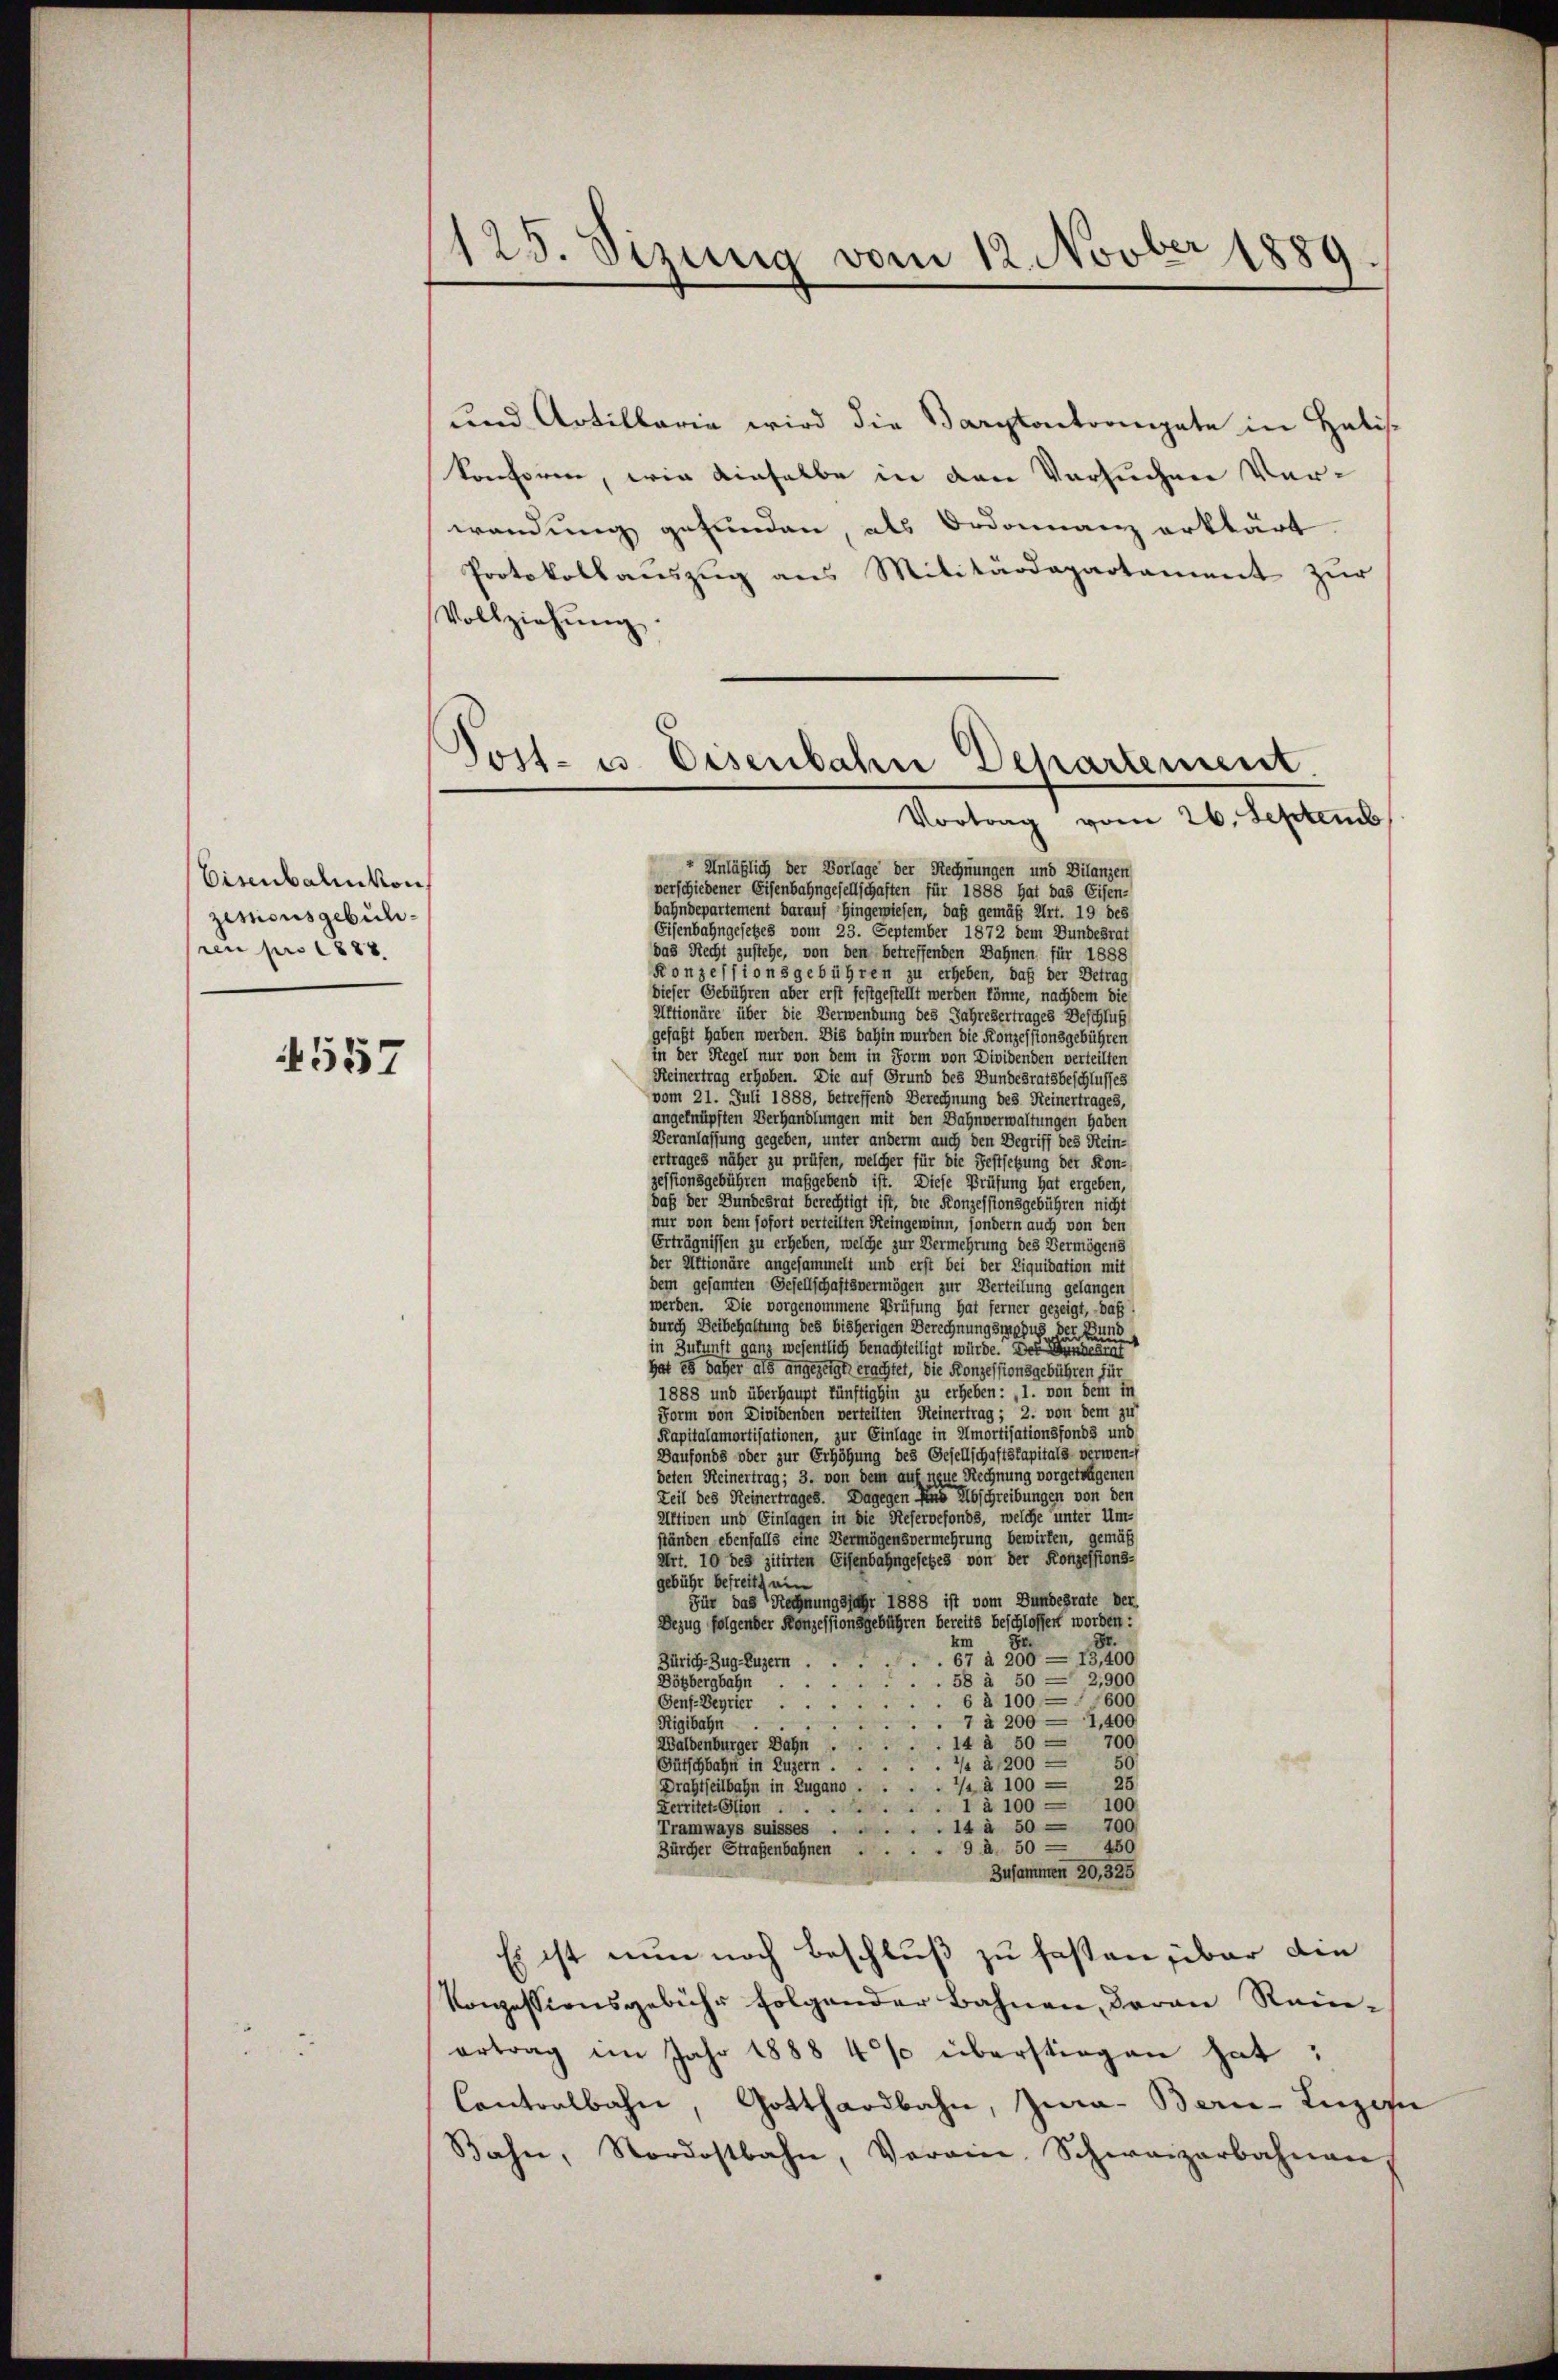
Eisenbahnkon
zesionsgebühren pro 1882
557

123. Vizung vom 12. Novber 1889.

und Artillaria wird die Wartontronate in Halis-
konsoren, wie dieselbe in den Versuchen Verwendung gefunden, als Ordonnanz erklärt
Protokollauszug aus Militärdepartament zur
Vollziehŭng
Vortrag vom 26. Septemb
 Unläßlich der Vorlage der Rechnungen und Bilanzen
verschiedener Eisenbahngesellschaften für 1888 hat das Eisen-
bahndepartement darauf hingewiesen, daß gemäß Art. 19 des
Eisenbahngesetzes vom 23. September 1872 dem Bundesrat
das Recht zustehe, von den betreffenden Bahnen für 1888
Konzessionsgebühren zu erheben, daß der Betrag
dieser Gebühren aber erst festgestellt werden könne, nachdem die
Altionäre über die Verwendung des Jahresertrages Beschluß
gefaßt haben werden. Die dahin wurden die Konzessionsgebühren
in der Regel nur von dem in Form von Dividenden verteilten
Heinertrag erhoben. Die auf Grund des Bundesratsbeschlusses
vom 21. Juli 1888, betreffend Berechnung des Heinertrages,
angeknüpften Verhandlungen mit den Dahnverwaltungen haben
Veranlassung gegeben, unter anderm auch den Begriff des Rein-
ertrages näher zu prüfen, welcher für die Festsetzung der Kon-
zessionsgebühren maßgebend ist. Diese Prüfung hat ergeben,
daß der Bundesrat berechtigt ist, die Konzessionsgebühren nicht
nur von dem sofort verteilten Reingewinn, sondern auch von den
Erträgnissen zu erheben, welche zur Vermehrung des Vermögens
der Aktionäre angesammelt und erst bei der Liquidation mit
dem gesamten Gesellschaftsvermögen zur Verteilung gelangen
werden. Die vorgenommene Prüfung hat ferner gezeigt, daß
durch Beibehaltung des bisherigen Berechnungsmopus der Bund
in Zukunft ganz wesentlich benachteiligt würde. Der Bundes
hat es daher als angezeigt, erachtet, die Konzessionsgebühren für
1888 und überhaupt künftighin zu erheben: „1. von dein in
Form von Dividenden verteilten Heinertrag; 2. von dem zu
Kapitalamortisationen, zur Einlage in Amortisationsfonds und
Baufonds oder zur Erhöhung des Gesellschaftskapitals verwendeten Reinertrag; 3. von dem auf neue Rechnung vorgetragenen
Zeit des Reinertrages. Dagegen und Abschreibungen von den
Aftiven und Einlagen in die Reservefonds, welche unter Um-
ständen ebenfalls eine Vermögensvermehrung bewirken, gemäß
Art. 10 des zitirten Eisenbahngesetzes von der Konzessions-
gebühr befreits ein
Für das Rechnungsjahr 1888 ist vom Bundesrate der
Bezug folgender Konzessionsgebühren bereits beschlossert worden:
km Fr.
Fr.
67 à 200 — 13,400
Zürich–Zug–Luzern.
58 à 50 — 2,900
Dötbergbahn
6 à 100 — 600
Gens-Beyrier
7 à 200 = 1,400
Rigibahn
Waldenburger Bahn.14 à 50 = 700
50.
Gütschbahn in Luzern./4 à 200 —
25
Drahtheilbahn in Zugano. /4 à 100 —
Kerritet-Glion.1 à 100 = 100
Tramways suisses . . . . . 14 à 50 = 700
Zürcher Straßenbahnen ... 9 à. 50 = 450
Zusammen 20, 325
Es ist nun noch Beschluß zu fasten über die
Konzessionsgebühr folgender Bahnen, daran Rein-
ertrag im Jahr 1888 4% überstiegen hat;
Contralbahn, Gotthardbahn, Jura - Berne-Luzi
Bahn, Nordostbahn, Verain, Schweizerbahnen,

Post- u. Eisenbahn Departement